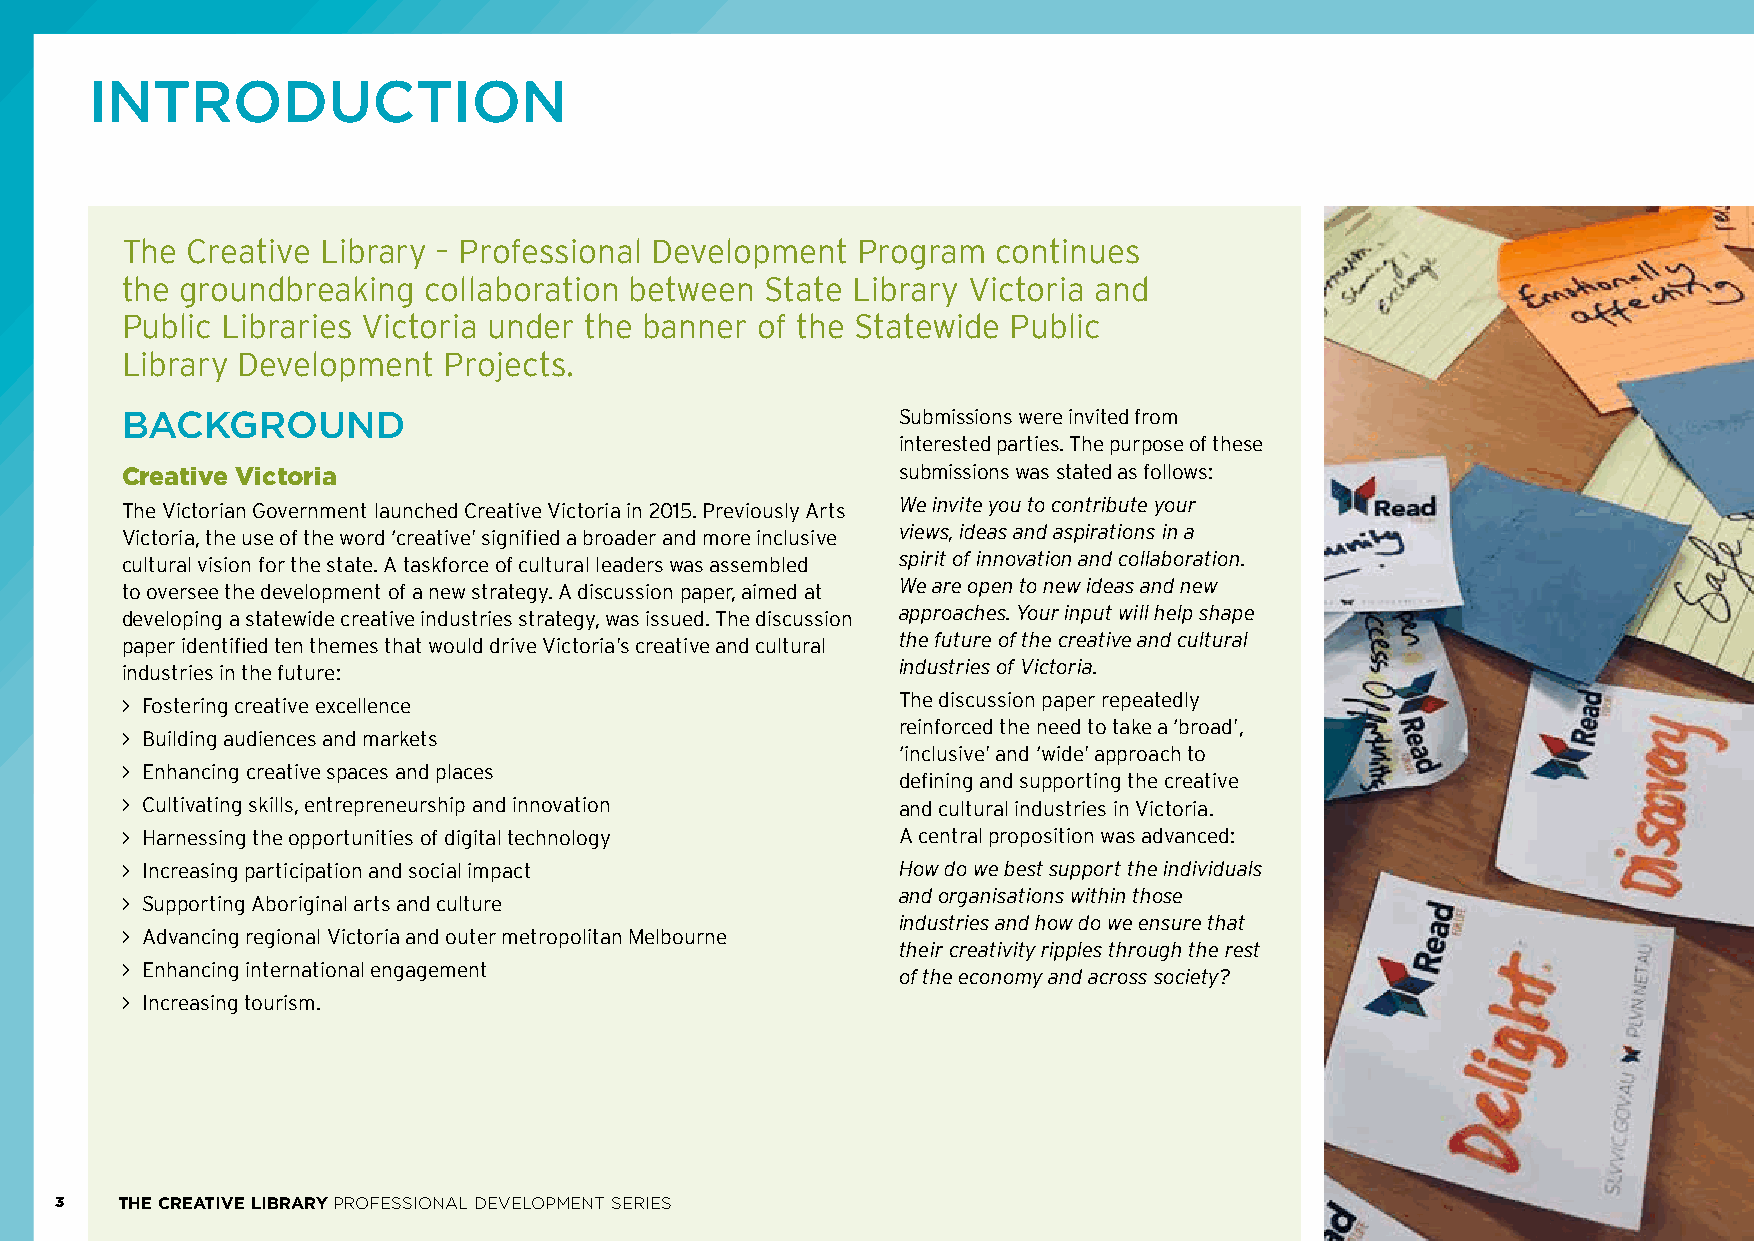
INTRODUCTION
 The Creative Library – Professional Development  Program  continues
 the groundbreaking  collaboration between  State Library Victoria and
 Public Libraries Victoria under the banner of the Statewide Public
 Library Development  Projects.
 BACKGROUND                                          Submissions were invited from
 interested parties. The purpose of these
 Creative Victoria                                   submissions was stated as follows:
 The Victorian Government launched Creative Victoria in 2015. Previously Arts We invite you to contribute your
 Victoria, the use of the word ‘creative’ signified a broader and more inclusive views, ideas and aspirations in a
 cultural vision for the state. A taskforce of cultural leaders was assembled spirit of innovation and collaboration.
 to oversee the development of a new strategy. A discussion paper, aimed at We are open to new ideas and new
 developing a statewide creative industries strategy, was issued. The discussion approaches. Your input will help shape
 paper identified ten themes that would drive Victoria’s creative and cultural the future of the creative and cultural
 industries in the future:                           industries of Victoria.
 > F ostering creative excellence                    The discussion paper repeatedly
 reinforced the need to take a ‘broad’,
 > B uilding audiences and markets
 ‘inclusive’ and ‘wide’ approach to
 > E nhancing creative spaces and places
 defining and supporting the creative
 > C ultivating skills, entrepreneurship and innovation and cultural industries in Victoria.
 > H arnessing the opportunities of digital technology A central proposition was advanced:
 > I ncreasing participation and social impact       How do we best support the individuals
 and organisations within those
 > S upporting Aboriginal arts and culture
 industries and how do we ensure that
 > A dvancing regional Victoria and outer metropolitan Melbourne
 their creativity ripples through the rest
 > E nhancing international engagement
 of the economy and across society?
 > Increasing tourism.
 3   THE CREATIVE LIBRARY PROFESSIONAL DEVELOPMENT SERIES